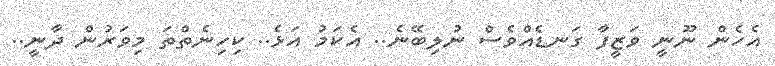
އެހެން ނޫނީ ވަޒީފާ ގަނޑެއްވެސް ނުލިބޭނެ.. އެކަމު އަޅެ.. ކިހިނެތްތަ މިވަރުން ދާނީ..